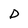
Character: D